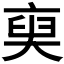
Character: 𠅲